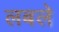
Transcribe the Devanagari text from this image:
लबले